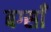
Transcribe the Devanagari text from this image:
बर्ग्साँ